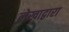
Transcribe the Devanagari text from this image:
लेखाद्वारा